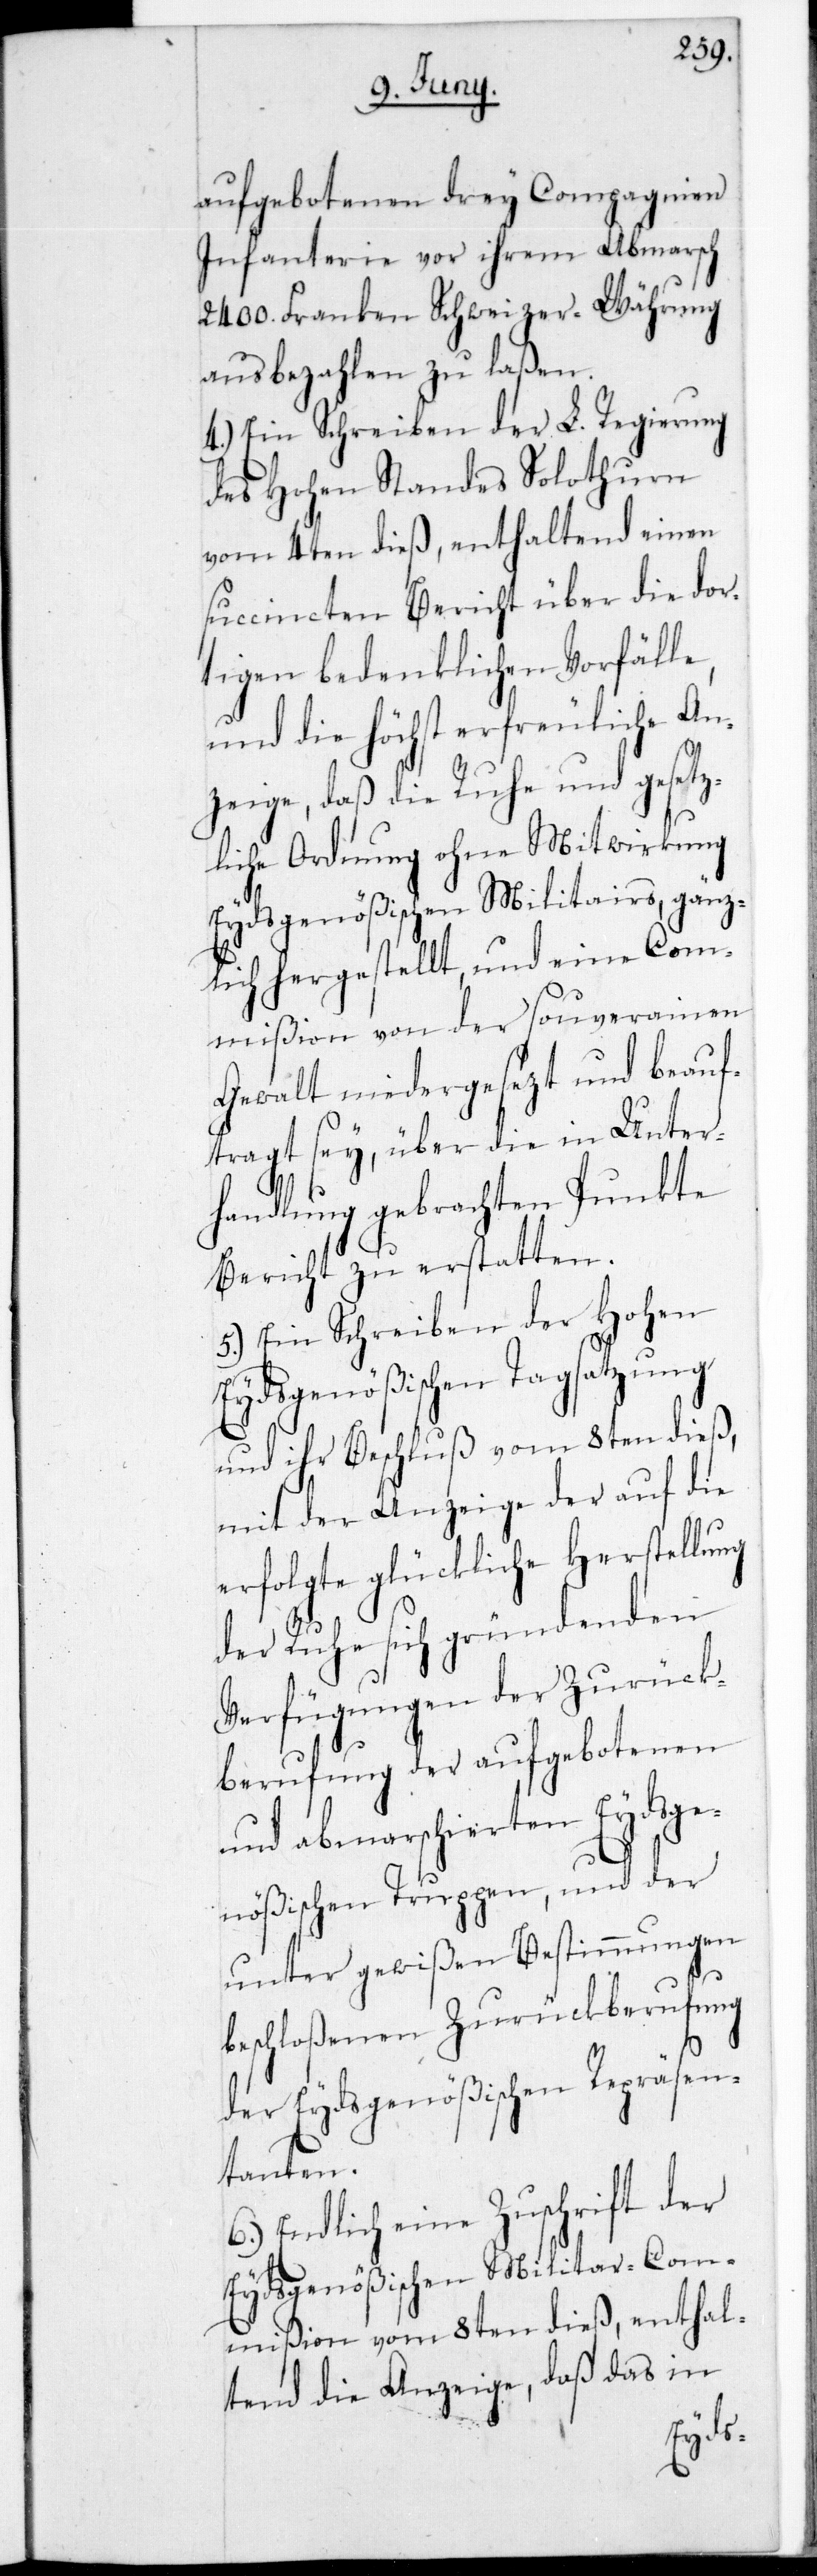
aufgebotenen drey Compagnien
Infanterie vor ihrem Abmarsch
2400. Franken Schweizer Währung
ausbezahlen zu laßen.
4.) Ein Schreiben der L. Regierung
des Hohen Standes Solothurn
vom 4ten dieß, enthaltend einen
succincten Bericht über die dor¬
tigen bedenklichen Vorfälle,
und die Höchst erfreuliche An¬
zeige, daß die Ruhe und gesetz¬
liche Ordnung ohne Mitwirkung
Eydsgenößischen Militairs, gänz¬
lich hergestellt, und eine Com¬
mißion von der souverainen
Gewalt niedergesezt und beauf¬
tragt sey, über die in Unter¬
handlung gebrachten Punkte
Bericht zu erstatten.
5.) Ein Schreiben der Hohen
Eydsgenößischen Tagsatzung
und ihr Beschluß vom 8ten dieß,
mit der Anzeige der auf die
erfolgte glückliche Herstellung
der Ruhe sich gründenden
Verfügungen der Zurück¬
berufung der aufgebotenen
und abmarschierten Eydsge¬
nößischen Truppen, und der
unter gewißen Bestimmungen
beschloßenen Zurückberufung
der Eydsgenößischen Repräsen¬
tanten.
6.) Endlich eine Zuschrift der
Eydsgenößischen Militar-Com¬
mißion vom 8ten dieß, enthal¬
tend die Anzeige, daß das in